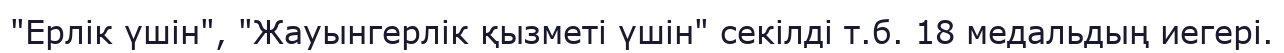
"Ерлік үшін", "Жауынгерлік қызметі үшін" секілді т.б. 18 медальдың иегері.